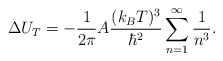
\begin{align*}\Delta U_T= - {1\over 2\pi} A {(k_B T)^3\over \hbar^2}\sum_{n=1}^{\infty}{1\over n^3}.\end{align*}